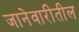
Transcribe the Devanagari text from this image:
जानेवारीतील